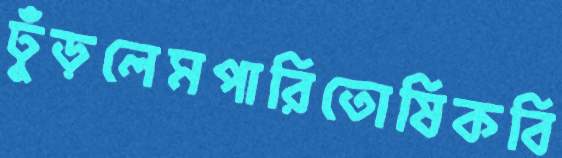
ঢুঁড়লেমপারিতোষিকবি